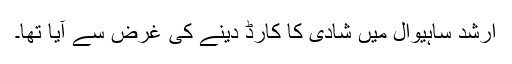
ارشد ساہیوال میں شادی کا کارڈ دینے کی غرض سے آیا تھا۔